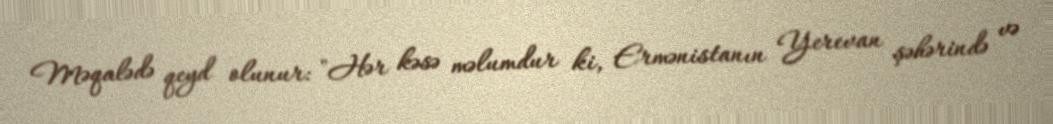
Məqalədə qeyd olunur: "Hər kəsə məlumdur ki, Ermənistanın Yerevan şəhərində və